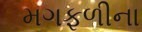
મગફળીના